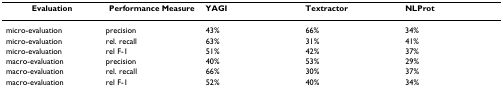
<table><thead><tr><td><b>Evaluation</b></td><td><b>Performance Measure</b></td><td><b>YAGI</b></td><td><b>Textractor</b></td><td><b>NLProt</b></td></tr></thead><tbody><tr><td>micro-evaluation</td><td>precision</td><td>43%</td><td>66%</td><td>34%</td></tr><tr><td>micro-evaluation</td><td>rel. recall</td><td>63%</td><td>31%</td><td>41%</td></tr><tr><td>micro-evaluation</td><td>rel F-1</td><td>51%</td><td>42%</td><td>37%</td></tr><tr><td>macro-evaluation</td><td>precision</td><td>40%</td><td>53%</td><td>29%</td></tr><tr><td>macro-evaluation</td><td>rel. recall</td><td>66%</td><td>30%</td><td>37%</td></tr><tr><td>macro-evaluation</td><td>rel F-1</td><td>52%</td><td>40%</td><td>34%</td></tr></tbody></table>